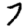
Digit: 7